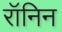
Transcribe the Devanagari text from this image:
रॉनिन